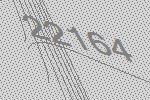
22164